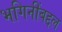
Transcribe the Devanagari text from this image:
भगिनींबद्दल